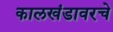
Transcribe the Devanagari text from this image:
कालखंडावरचे